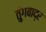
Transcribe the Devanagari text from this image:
तुंगबाद्र